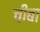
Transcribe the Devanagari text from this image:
चीबा